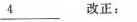
\underline4改正：